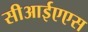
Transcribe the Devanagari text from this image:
सीआईएएस